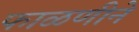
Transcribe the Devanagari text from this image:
फाळणीने